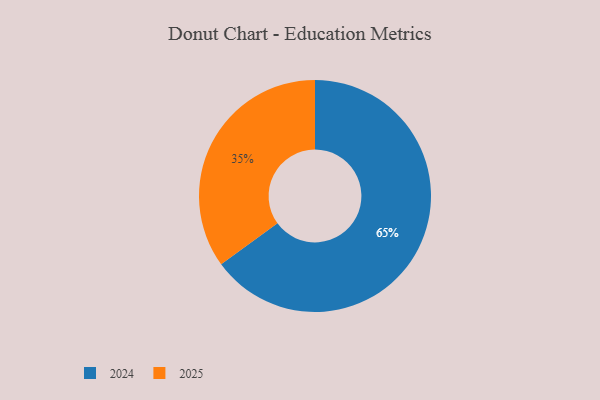
{"axis": {"x": "Category", "y": "Percentage"}, "legend": ["2024", "2025"], "data": [{"x": "2024", "y": 65, "type": "2024"}, {"x": "2025", "y": 35, "type": "2025"}]}